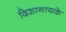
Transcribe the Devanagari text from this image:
दिशानायके